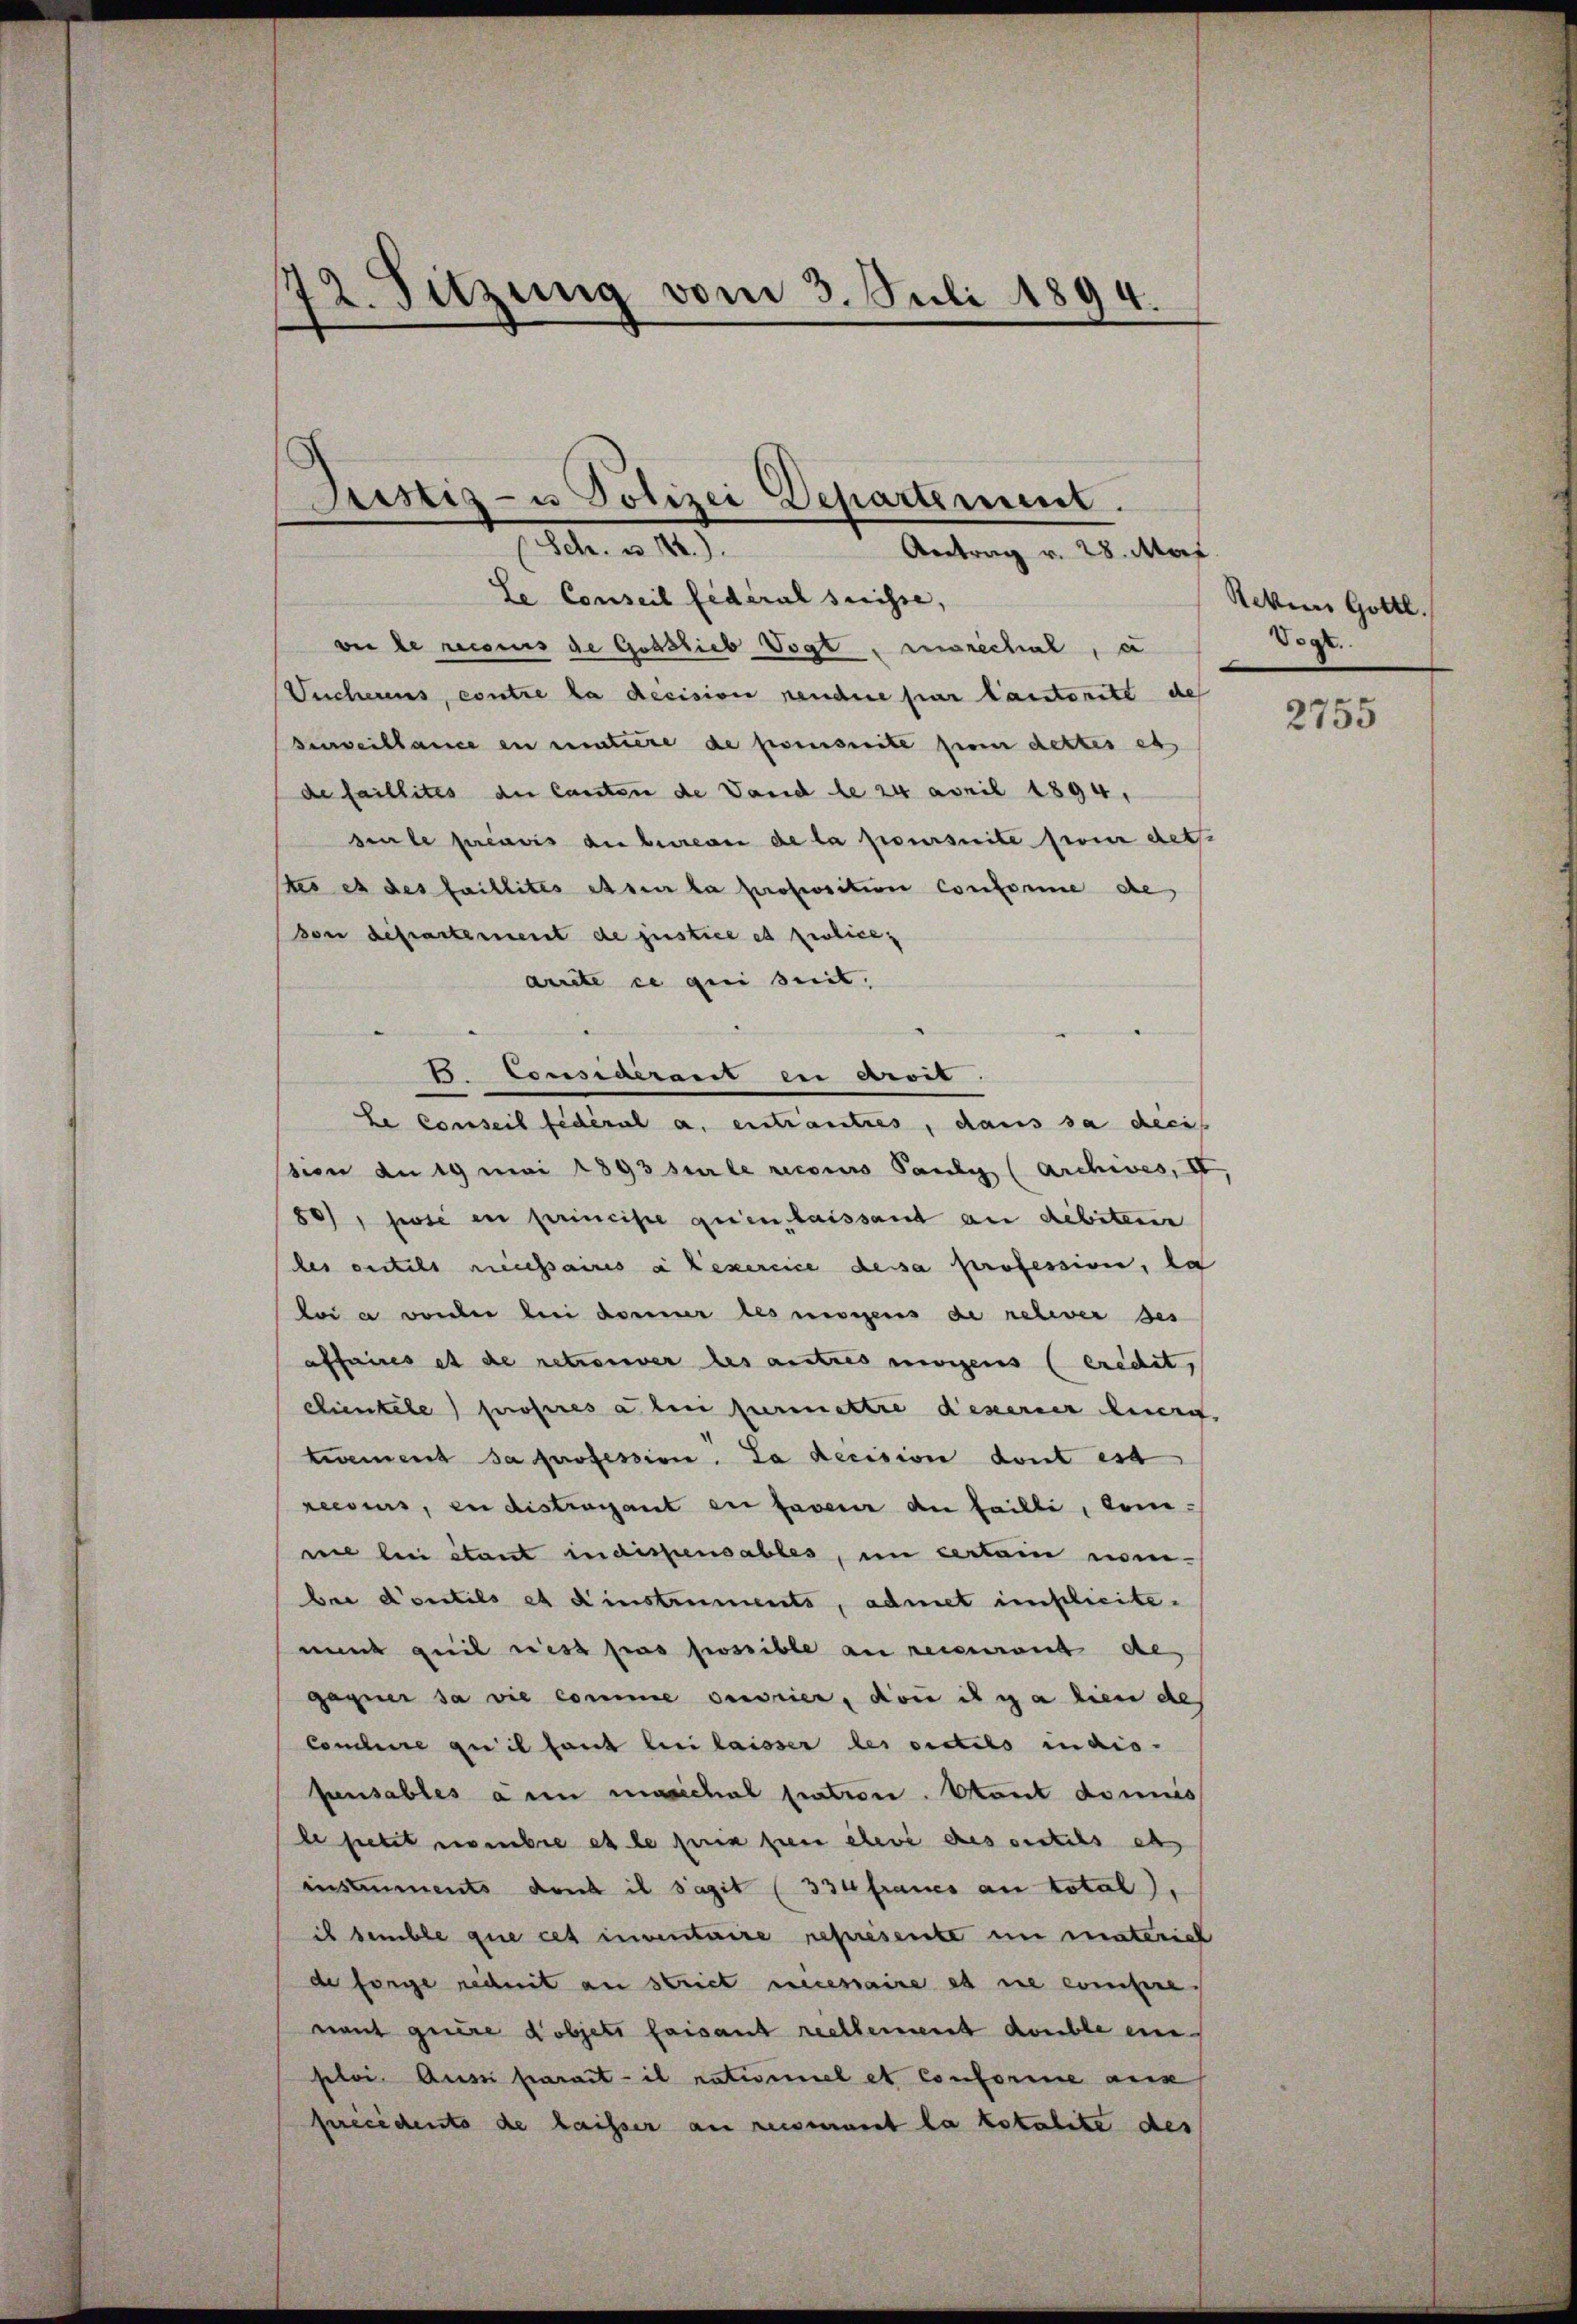
72. Sitzung vom 3. Juli 1894.

Le Conseil fédéral suisse,
ve de reconus de Gottlieb Vogt, morschal, a
Suchereins, contre la decision rendere par lautoritt des
Beweiblance en matiere de prescrite sie dettes als
de faillites der Canton de Vand de 24 April 1894,
seule préavis du bureau de la poursuite feier det.
tes es des faillités et sur la proposition Conforme de
von derartement de justice et prolicearrete ce qui seit,
sion an 19 mai 1893 sur le recours Paul (Archives, II,
80), wie en principe geien laissant an debiteur
des entels recessaires à exercice dessa profession, da
loi a sonder bei donner les messens de relever des
affaires et de retreuer des autres morgens (eredet,
Scientele proseres aben permettre desserner hierg
twement sa profession. La decision dont es
reesers, en distragant en faveur an faille, kam.
nie le étant indispensables, in certain nom
ber d’outils et d’instruments, admet implicitemund gut rest pas possible an reienrut des
gagner sa vie comme ouvrier, doni il y a lien de
Conclure qui il faut bei laisser les sittels in dis-
fensables ain maschal pation. Stant dominis
le setzt eisenbre es le fern sie ehere des bestils als
instruments dont il s’agit (334 fraues an total).
is semble que cet inventaire représente in materich
de forge redit an Strict necessaire es nie einsere
nant quere Kobjets faisant reellement double en
sloi. Aussi parat- il rativiel et Conforme aus
faecedents de laisser an reismant la totalite des

stiz- u Polizei Departement.
(Sch. u. 114.)
Antrag v. 28. Mai

B. Considerant en droit
Le conseil fédéral a. entranties, dans sa decis

Sekun Gottl.
Vogt.

2755